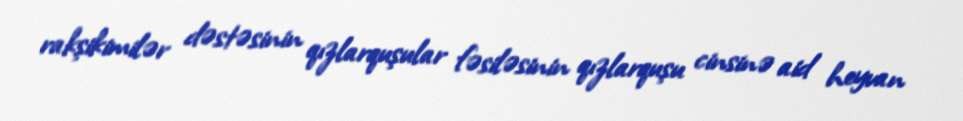
rakşikimilər dəstəsinin qızlarquşular fəsiləsinin qızlarquşu cinsinə aid heyvan